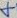
Text: 4